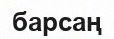
барсаң